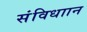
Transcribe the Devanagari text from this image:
संविधाान